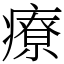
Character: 療